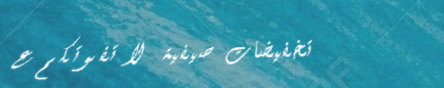
تخفيضات صيفية لا تفوتكم ع